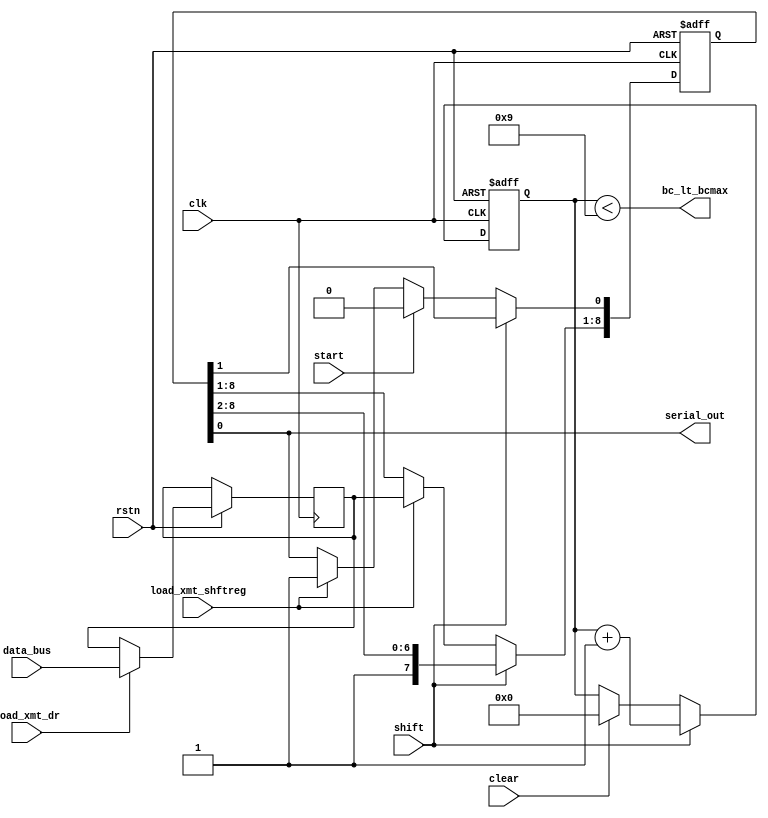
module xmt_datapath_unit
#(
  parameter word_size       = 8,
  parameter size_bit_count  = 3,
  parameter all_ones         = {{word_size + 1}{1'b1}}
)
(
  input  [word_size - 1 : 0] data_bus,
  input                      load_xmt_dr,
  input                      load_xmt_shftreg,
  input                      start,
  input                      shift,
  input                      clear,
  input                      clk,
  input                      rstn,

  output                     serial_out,
  output                     bc_lt_bcmax
);

  reg [word_size - 1 : 0]  xmt_datareg;
  reg [word_size : 0]      xmt_shftreg;
  reg [size_bit_count : 0] bit_count;

  assign serial_out  = xmt_shftreg[0];
  assign bc_lt_bcmax = {bit_count < word_size + 1};

  always @ (posedge clk, negedge rstn) begin
    if(!rstn) begin
      xmt_shftreg <= all_ones;
      bit_count   <= 4'd0;
    end
    else begin
      if(load_xmt_dr)
        xmt_datareg <= data_bus;
      
      if(load_xmt_shftreg)
        xmt_shftreg <= {xmt_datareg, 1'b1};

      if(start)
        xmt_shftreg[0] <= 1'b0;

      if(clear)
        bit_count <= 4'd0;

      if(shift) begin
        xmt_shftreg <= {1'b1, xmt_shftreg[word_size : 1]};
        bit_count   <= bit_count + 1;
      end
    end
  end
  
endmodule